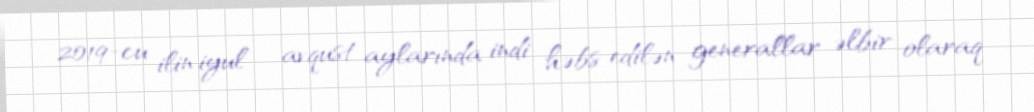
2019-cu ilin iyul - avqust aylarında indi həbs edilən generallar əlbir olaraq